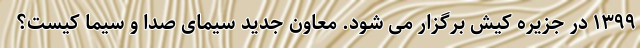
۱۳۹۹ در جزیره کیش برگزار می شود. معاون جدید سیمای صدا و سیما کیست؟